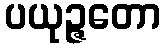
ပယုဉ္ဇတော